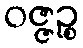
ဝဇ္ဇဉ္စ